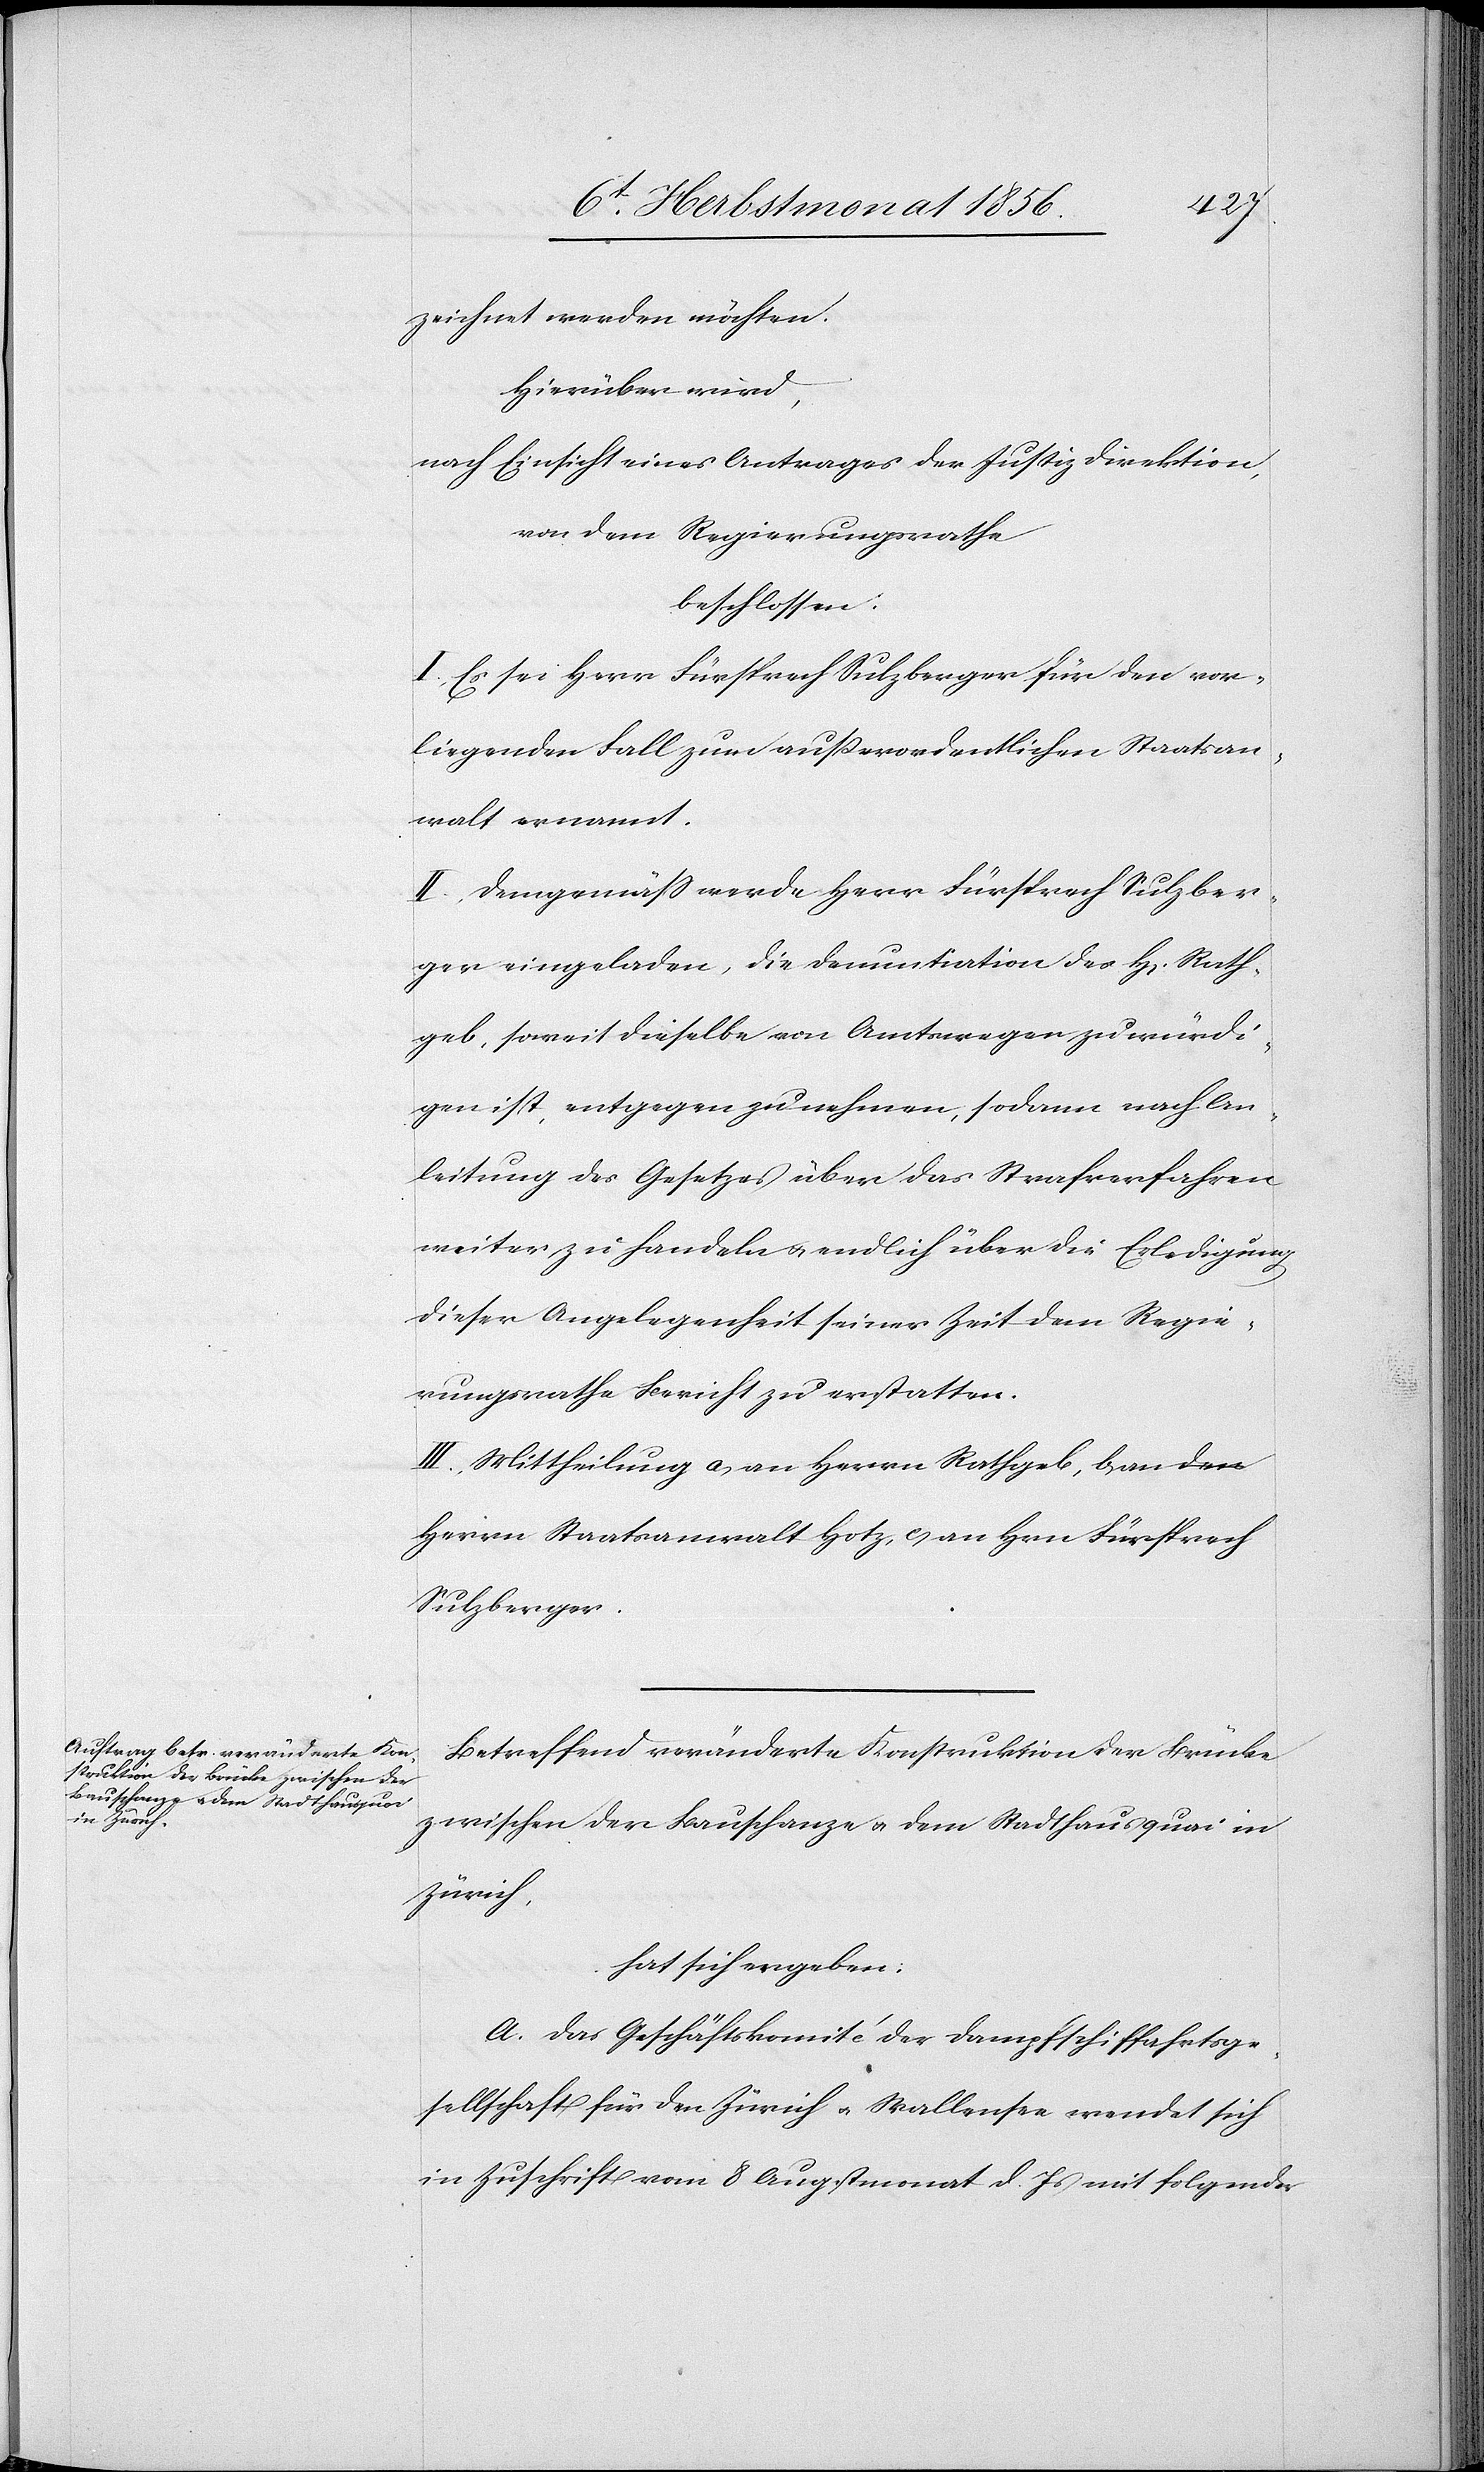
zeichnet werden möchten.
Hierüber wird,
nach Einsicht eines Antrages der Justizdirektion,
von dem Regierungsrathe
beschlossen:
I.) Es sei Herr Fürsprech Sulzberger für den vor¬
liegenden Fall zum ausserordentlichen Staatsan¬
walt ernannt.
II.) Demgemäss werde Herr Fürsprech Sulzber¬
ger eingeladen, die Denuntiation des H[errn] Rath¬
geb, soweit dieselbe von Amtswegen zu würdi¬
gen ist, entgegen zu nehmen, sodann nach An¬
leitung des Gesetzes über das Strafverfahren
weiter zu handeln u. endlich über die Erledigung
dieser Angelegenheit seiner Zeit dem Regie¬
rungsrathe Bericht zu erstatten.
III.) Mittheilung a) an Herrn Rathgeb, b) an
Herrn Staatsanwalt Hotz, c) an Hrn Fürsprech
Sulzberger.
Betreffend veränderte Konstruktion der Brücke
zwischen der Bauschanze u. dem Stadthausquai in
Zürich,
hat sich ergeben:
A. Das Geschäftskomité der Dampfschiffahrtsge¬
sellschaft für den Zürich[-] u. Wallensee wendet sich
in Zuschrift vom 8 Augstmonat d. Js mit folgender